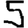
Digit: 5